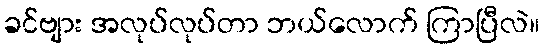
ခင်ဗျား အလုပ်လုပ်တာ ဘယ်လောက် ကြာပြီလဲ။